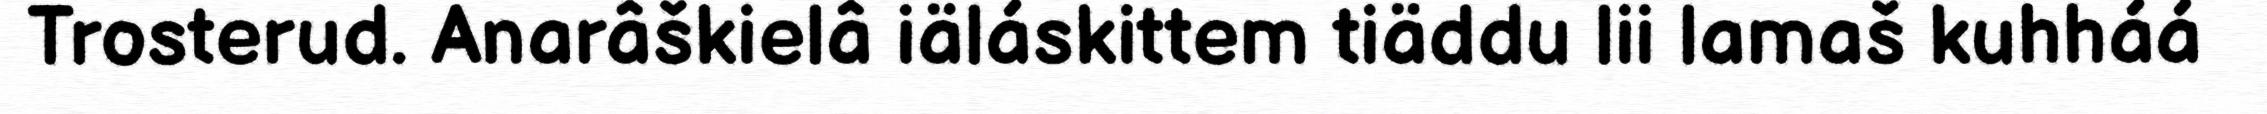
Trosterud. Anarâškielâ iäláskittem tiäddu lii lamaš kuhháá